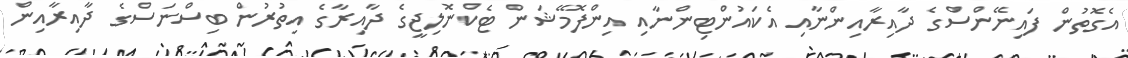
އެގޮތުން ފައިނޭންސްގެ ދާއިރާއިންނާއި އެކައުންޓިންނާއި އިންފޮމޭޝަން ޓެކްނޮލިޖީގެ ދާއިރާގެ އިތުރުން ބިސްނަސްގެ ދާއިރާއިން